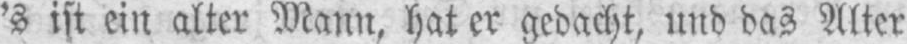
’s ist ein alter Mann, hat er gedacht, und das Alter